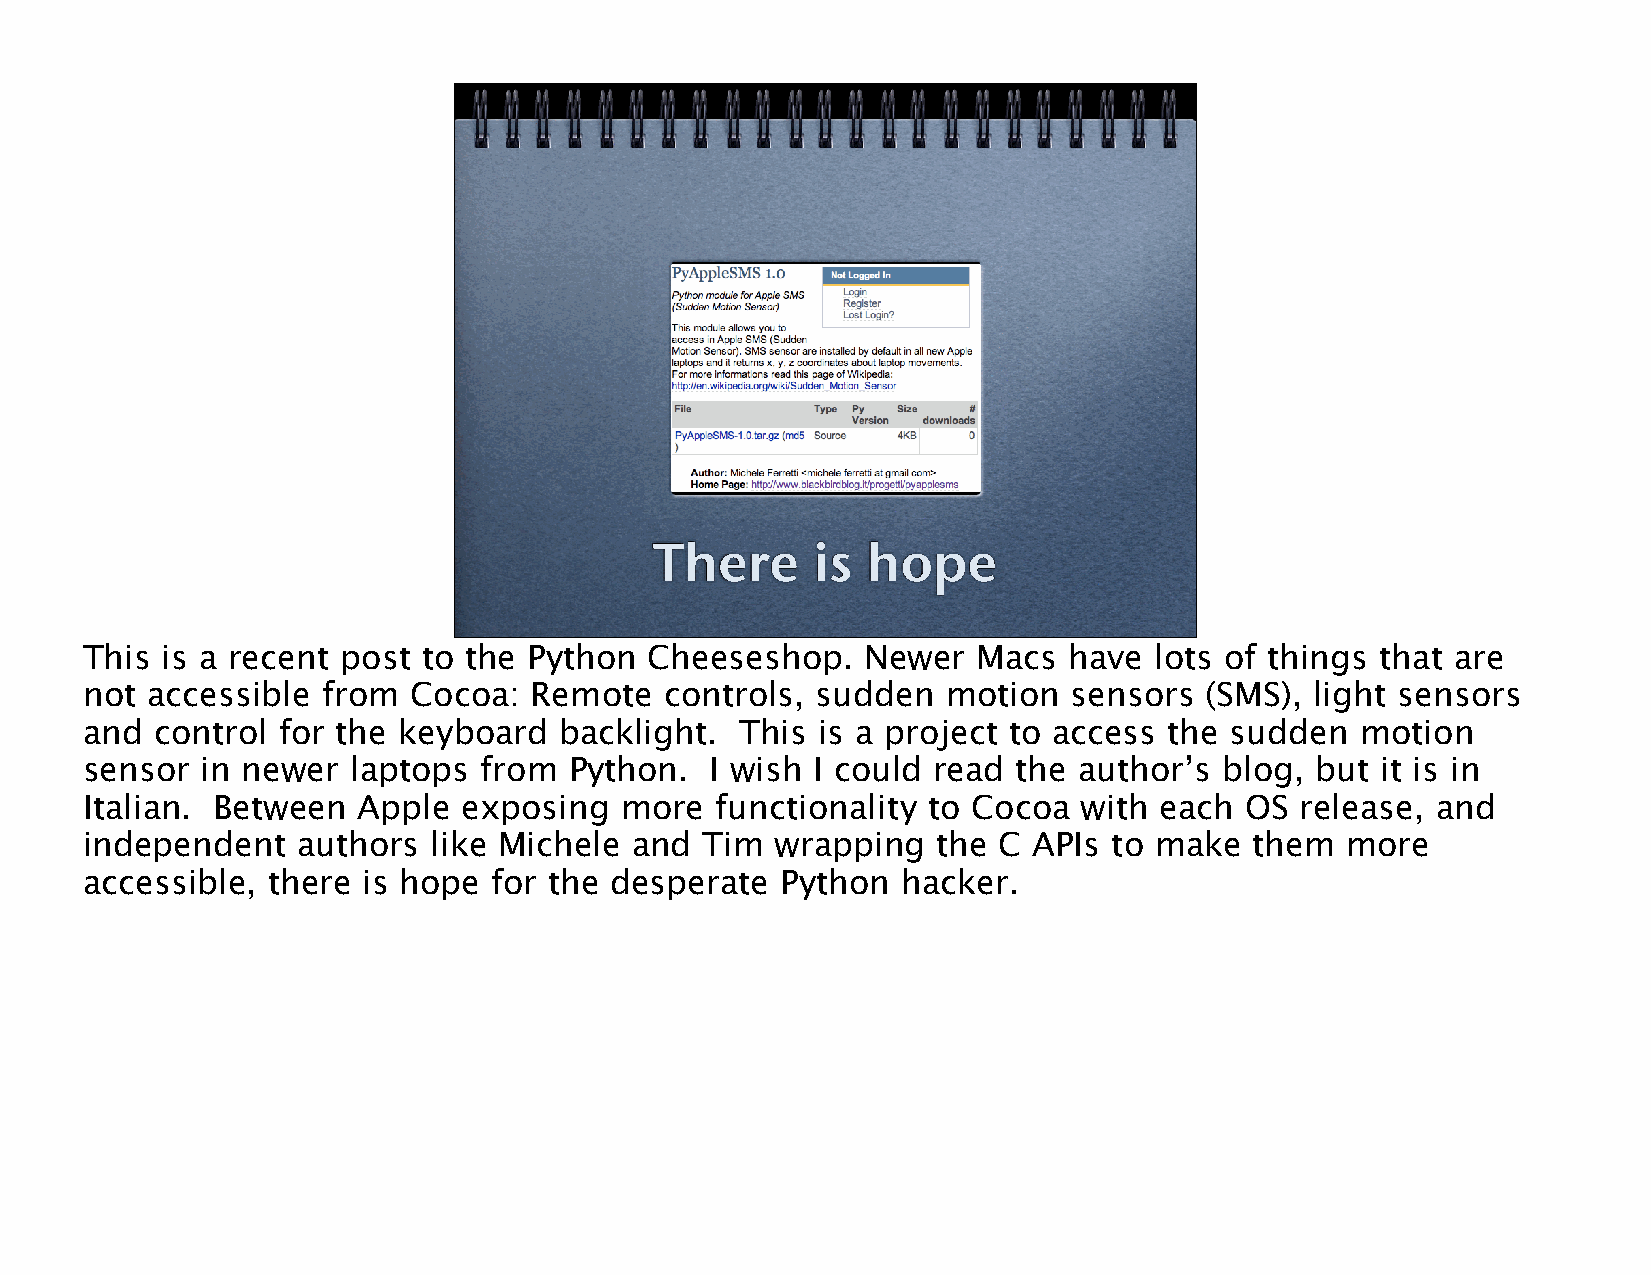
There      is hope
 This is a recent post to the Python  Cheeseshop.   Newer   Macs  have lots of things that are
 not accessible from  Cocoa:  Remote   controls, sudden   motion  sensors  (SMS), light sensors
 and control for the keyboard   backlight.  This is a project to access the sudden   motion
 sensor in newer  laptops  from  Python.  I wish I could read the author’s  blog, but it is in
 Italian. Between  Apple  exposing  more  functionality to Cocoa   with each OS  release, and
 independent   authors  like Michele and  Tim wrapping   the C APIs  to make  them  more
 accessible, there is hope  for the desperate  Python  hacker.